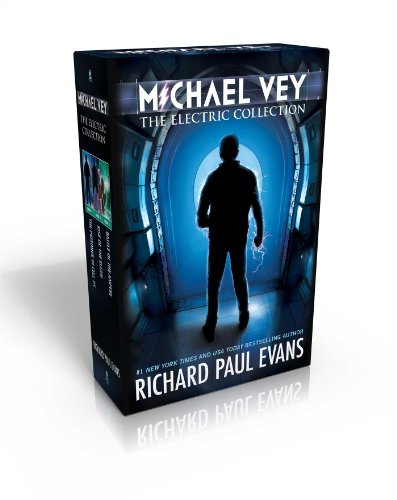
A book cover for Michael Vey, the Electric Collection: Michael Vey; Michael Vey 2; Michael Vey 3; Richard Paul Evans; Teen & Young Adult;